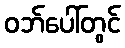
ဝဘ်ပေါ်တွင်